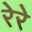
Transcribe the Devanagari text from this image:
रेरे